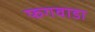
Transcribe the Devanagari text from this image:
फगवाडा